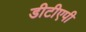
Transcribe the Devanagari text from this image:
डीटीएपी